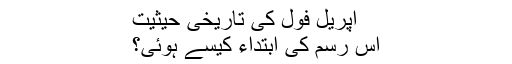
اپریل فول کی تاریخی حیثیت
اس رسم کی ابتداء کیسے ہوئی؟